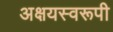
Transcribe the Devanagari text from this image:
अक्षयस्वरूपी